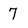
Character: 7